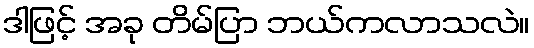
ဒါဖြင့် အခု တိမ်ပြာ ဘယ်ကလာသလဲ။